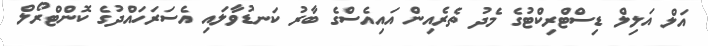
އަލް އަލިލް ޑިސްޓްރިކްޓުގެ މެދު ތެރެއިން އައިއެސްގެ ބާރު ކަނޑުވާލައި އެސަރަހައްދުގެ ކޮންޓްރޯލް